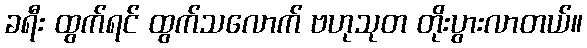
ခရီး ထွက်ရင် ထွက်သလောက် ဗဟုသုတ တိုးပွားလာတယ်။